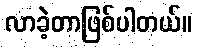
လာခဲ့တာဖြစ်ပါတယ်။